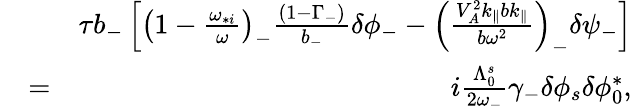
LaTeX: \begin{array}{rlr}&{}&{\tau b_{-}\left[\left(1-\frac{\omega_{*i}}{\omega}\right)_{-}\frac{(1-\Gamma_{-})}{b_{-}}\delta\phi_{-}-\left(\frac{V_{A}^{2}k_{\parallel}bk_{\parallel}}{b\omega^{2}}\right)_{-}\delta\psi_{-}\right]}\\ &{=}&{i\frac{\Lambda_{0}^{s}}{2\omega_{-}}\gamma_{-}\delta\phi_{s}\delta\phi_{0}^{*},}\end{array}